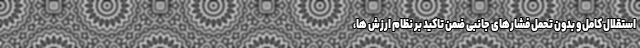
استقلال کامل و بدون تحمل فشارهای جانبی ضمن تاکید بر نظام ارزش ها،